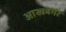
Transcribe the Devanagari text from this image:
आखबर्गर